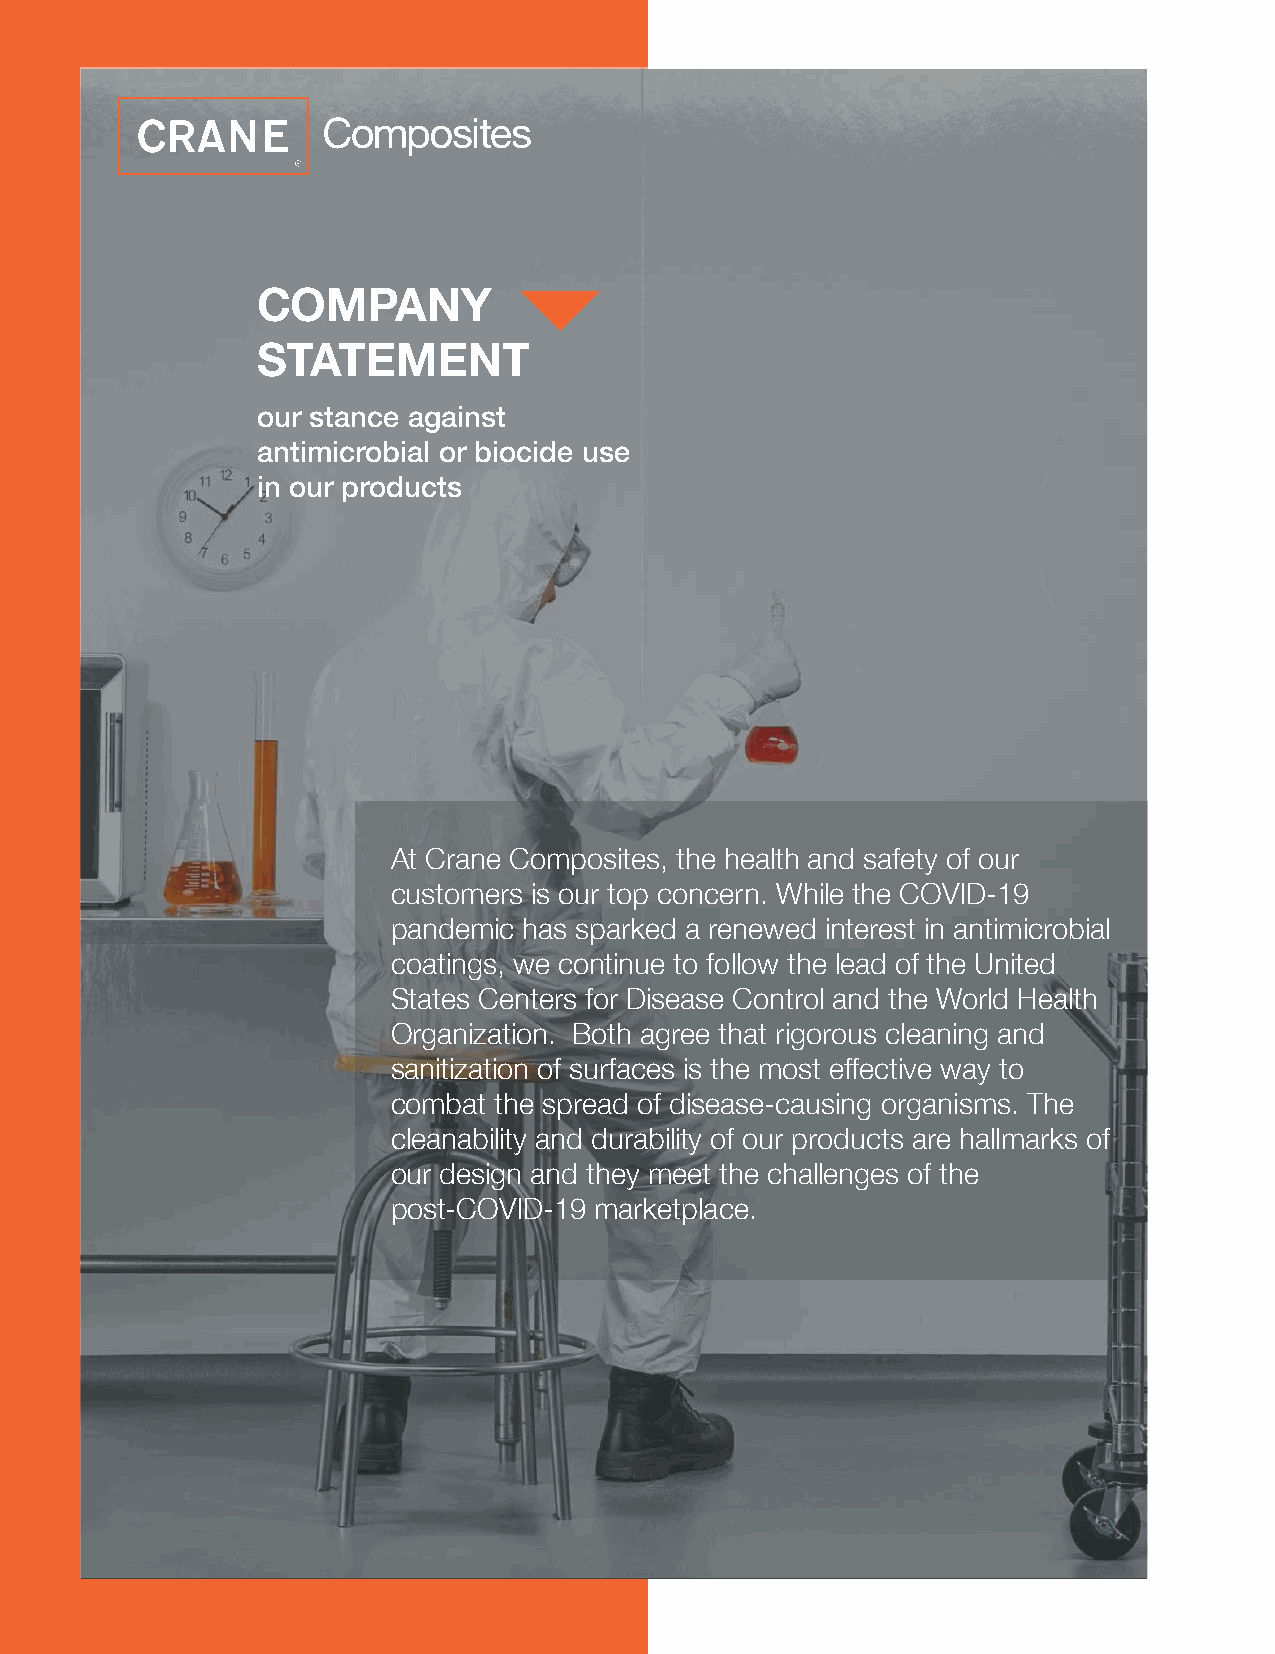
COMPANY
 STATEMENT
 our stance against
 antimicrobial or biocide use
 in our products
 At Crane Composites, the health and safety of our
 customers is our top concern. While the COVID-19
 pandemic has sparked a renewed interest in antimicrobial
 coatings, we continue to follow the lead of the United
 States Centers for Disease Control and the World Health
 Organization. Both agree that rigorous cleaning and
 sanitization of surfaces is the most effective way to
 combat the spread of disease-causing organisms. The
 cleanability and durability of our products are hallmarks of
 our design and they meet the challenges of the
 post-COVID-19 marketplace.